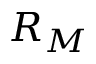
R _ { M }